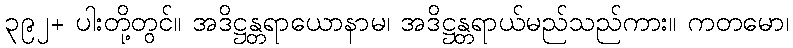
၃၉၂+ ပါးတို့တွင်။ အဒိဋ္ဌန္တရာယောနာမ၊ အဒိဋ္ဌန္တရာယ်မည်သည်ကား။ ကတမော၊